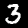
Digit: 3